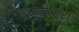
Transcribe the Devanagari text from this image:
एज़्हीयाथा